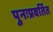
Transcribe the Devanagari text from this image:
पुनःप्रवर्तित